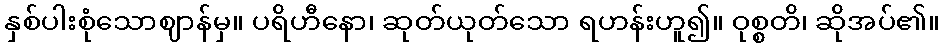
နှစ်ပါးစုံသောဈာန်မှ။ ပရိဟီနော၊ ဆုတ်ယုတ်သော ရဟန်းဟူ၍။ ဝုစ္စတိ၊ ဆိုအပ်၏။